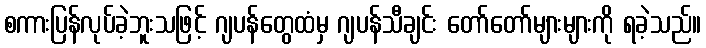
စကားပြန်လုပ်ခဲ့ဘူးသဖြင့် ဂျပန်တွေထံမှ ဂျပန်သီချင်း တော်တော်များများကို ရခဲ့သည်။